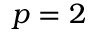
p = 2